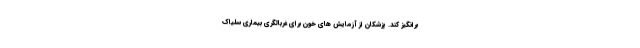
برانگیز کند. پزشکان از آزمایش های خون برای غربالگری بیماری سلیاک